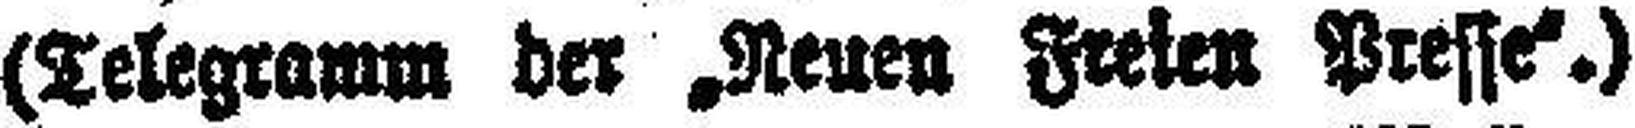
(Telegramm der „Neuen Freien Presse“.)